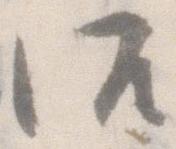
御